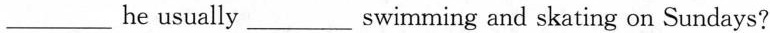
___ he usually ___ swimming and skating on Sundays?